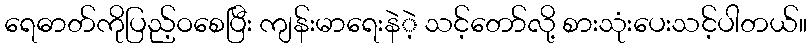
ရေဓာတ်ကိုပြည့်ဝစေပြီး ကျန်းမာရေးနဲဲ့ သင့်တော်လို့ စားသုံးပေးသင့်ပါတယ်။